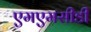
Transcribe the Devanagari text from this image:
एमएमसीडी